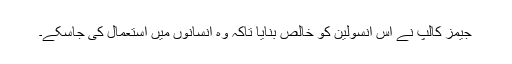
جیمز کالپ نے اس انسولین کو خالص بنایا تاکہ وہ انسانوں‌ میں‌ استعمال کی جاسکے۔